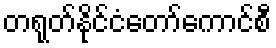
တရုတ်နိုင်ငံတော်ကောင်စီ